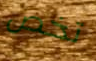
تخص